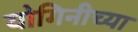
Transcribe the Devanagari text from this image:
योगिनीच्या